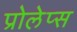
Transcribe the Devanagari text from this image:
प्रोलेप्स